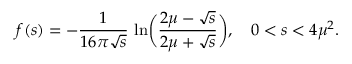
f ( s ) = - { \frac { 1 } { 1 6 \pi \sqrt { s } } } \, \ln \biggl ( { \frac { 2 \mu - \sqrt { s } } { 2 \mu + \sqrt { s } } } \biggr ) , \quad 0 < s < 4 \mu ^ { 2 } .